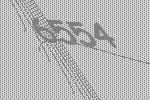
6554